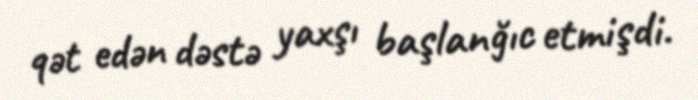
qət edən dəstə yaxşı başlanğıc etmişdi.